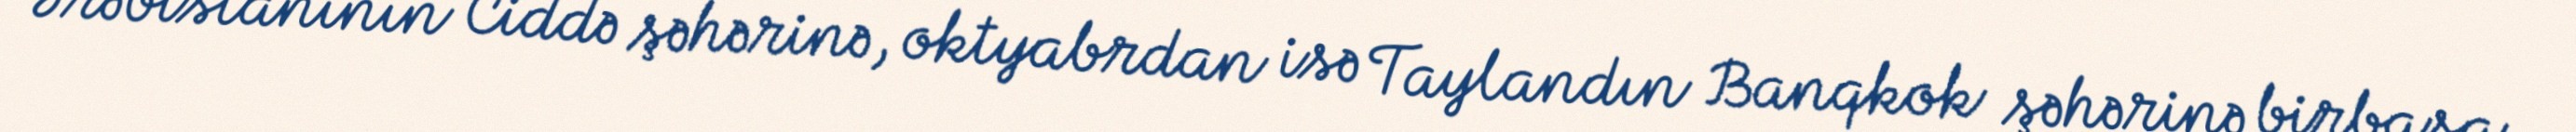
Ərəbistanının Ciddə şəhərinə, oktyabrdan isə Taylandın Banqkok şəhərinə birbaşa